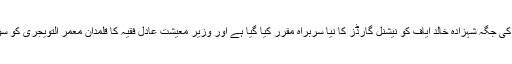
شہزادہ مصعب کی جگہ شہزادہ خالد ایاف کو نیشنل گارڈز کا نیا سربراہ مقرر کیا گیا ہے اور وزیر معیشت عادل فقیہ کا قلمدان معمر التویجری کو سونپ دیا گیا ہے۔